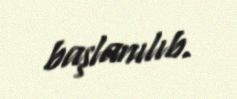
başlanılıb.